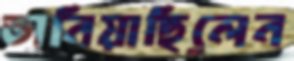
ভানিয়াছিলেন